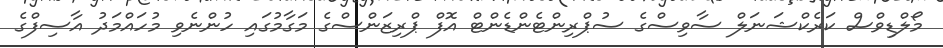
މޯލްޑިވްސް ކަރެކްޝަނަލް ސާވިސްގެ ސުޕްރިންޓެންޑެންޓް އޮފް ޕްރިޒަންސްގެ މަގާމުގައި ހުންނެވި މުހައްމަދު އާސިފްގެ